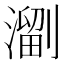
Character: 𱨳